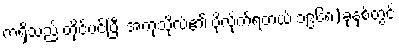
ကံရှိသည် တိုင်ပင်ပြီး အကုသိုလ်၏ ပို့လိုက်ရတယ် ၁၉၆၈)ခုနှစ်တွင်